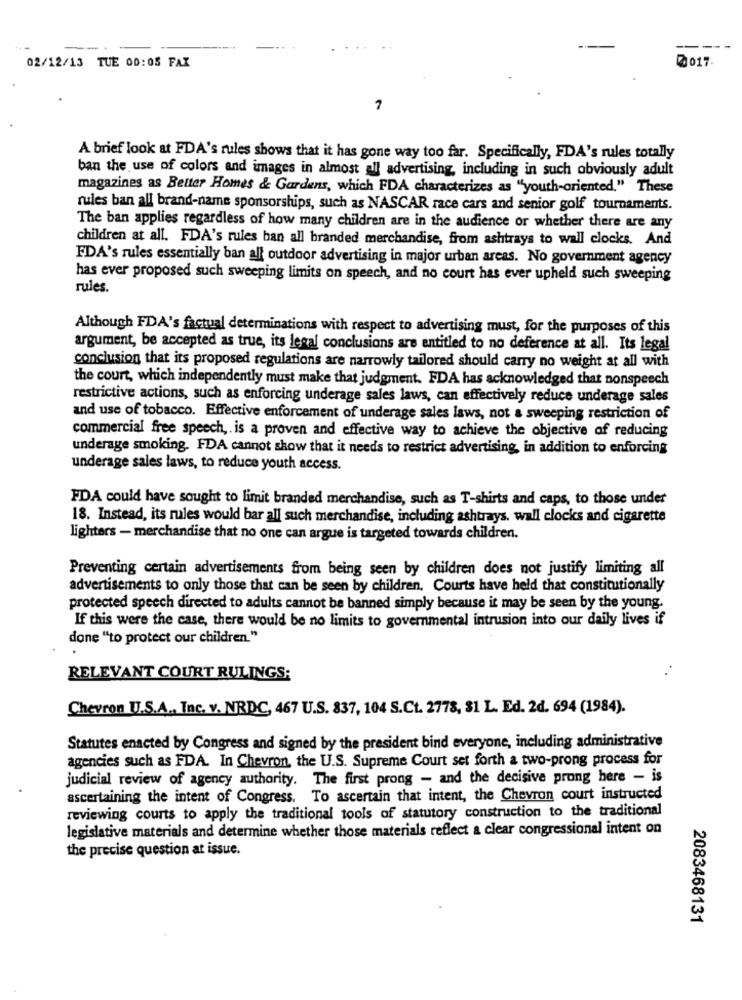
---
02/12/13 TUE 00:05 FAX
0017
7
A brief look at FDA's rules shows that it has gone way too far. Specifically, FDA's rules totally
ban the use of colors and images in almost all advertising, including in such obviously adult
magazines as Better Homes & Gardens, which FDA characterizes as "youth-oriented." These
rules ban all brand-name sponsorships, such as NASCAR race cars and senior golf tournaments.
The ban applies regardless of how many children are in the audience or whether there are any
children at all. FDA's rules ban all branded merchandise, from ashtrays to wall clocks. And
FDA's rules essentially ban all outdoor advertising in major urban areas. No government agency
has ever proposed such sweeping limits on speech, and no court has ever upheld such sweeping
rules.
Although FDA's factual determinations with respect to advertising must, for the purposes of this
argument, be accepted as true, its legal conclusions are entitled to no deference at all. Its legal
conclusion that its proposed regulations are narrowly tailored should carry no weight at all with
the court, which independently must make that judgment. FDA has acknowledged that nonspeech
restrictive actions, such as enforcing underage sales laws, can effectively reduce underage sales
and use of tobacco. Effective enforcement of underage sales laws, not a sweeping restriction of
commercial free speech, is a proven and effective way to achieve the objective of reducing
underage smoking. FDA cannot show that it needs to restrict advertising, in addition to enforcing
underage sales laws, to reduce youth access.
FDA could have sought to limit branded merchandise, such as T-shirts and caps, to those under
18. Instead, its rules would bar all such merchandise, including ashtrays. wall clocks and cigarette
lighters - merchandise that no one can argue is targeted towards children.
Preventing certain advertisements from being seen by children does not justify limiting all
advertisements to only those that can be seen by children. Courts have held that constitutionally
protected speech directed to adults cannot be banned simply because it may be seen by the young.
If this were the case, there would be no limits to governmental intrusion into our daily lives if
done "to protect our children."
RELEVANT COURT RULINGS;
Chevron U.S.A ., Inc. v. NRDC, 467 U.S. 837, 104 S.Ct. 2778, 81 L. Ed. 2d. 694 (1984).
Statutes enacted by Congress and signed by the president bind everyone, including administrative
agencies such as FDA. In Chevron, the U.S. Supreme Court set forth a two-prong process for
judicial review of agency authority. The first prong - and the decisive prong here - is
ascertaining the intent of Congress. To ascertain that intent, the Chevron court instructed
reviewing courts to apply the traditional tools of statutory construction to the traditional
legislative materials and determine whether those materials reflect a clear congressional intent on
the precise question at issue.
2083468131